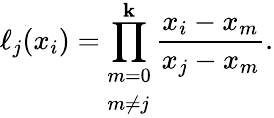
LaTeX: \ell_{j}(x_{i})=\prod_{\begin{array}{l}{m=0}\\ {m\neq j}\end{array}}^{\mathbf{k}}{\frac{{x_{i}-x_{m}}}{{x_{j}-x_{m}}}}.